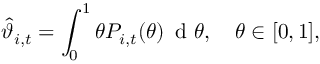
\widehat { \vartheta } _ { i , t } = \int _ { 0 } ^ { 1 } \theta P _ { i , t } ( \theta ) \, \mathrm { ~ d ~ } \theta , \quad \theta \in [ 0 , 1 ] ,